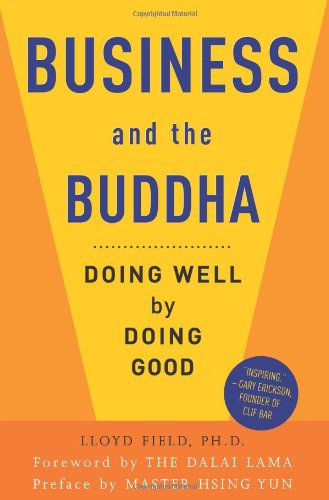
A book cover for Business and the Buddha: Doing Well by Doing Good; Lloyd Field Ph.D.; Religion & Spirituality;